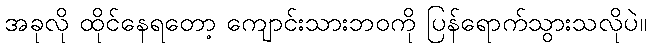
အခုလို ထိုင်နေရတော့ ကျောင်းသားဘဝကို ပြန်ရောက်သွားသလိုပဲ။